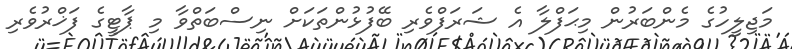
މަޖިލީހުގެ މެންބަރުން މިޙަފްލާ އެ ޝަރަފްވެރި ބޭފުޅުންތަކަށް ނިސްބަތްވާ މި ޕާޓީގެ ފަޚްރުވެރި